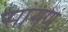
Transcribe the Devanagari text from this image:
सांगणं